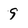
Character: 9